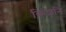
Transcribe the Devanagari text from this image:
किशनि